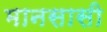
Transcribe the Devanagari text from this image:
मानसासी